Civil Veterinary Department Bihar & Orissa reports 1922-29 - 1922-1929
Year: 1922
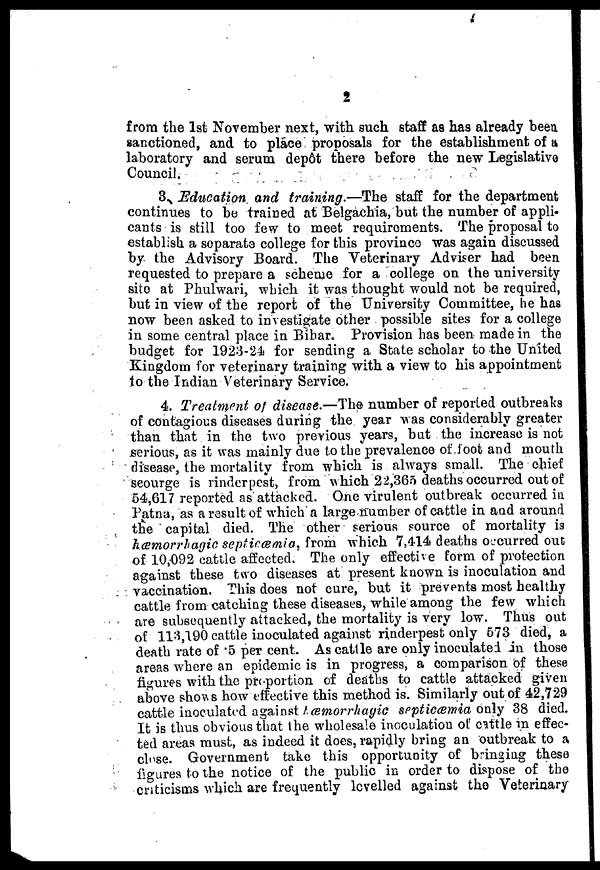
2
from the 1st November next, with such staff as has already been
sanctioned, and to place proposals for the establishment of a
laboratory and serum dep6t there before the new Legislative
Council.
3. Education and training.—The staff for the department
continues to be trained at Belgachia, but the number of appli-
cants is still too few to meet requirements. The proposal to
establ sh a separata college for this province was again discussed
by the Advisory Board. The Veterinary Adviser had been
requested to prepare a scheme for a college on the university
site at Phulwari, which it was thought would not be required,
but in view of the report of the University Committee, he has
now been asked to investigate other possible sites for a college
in some central place in Bihar. Provision has been made in the
budget for 1923-24 for sending a State scholar to the United
Kingdom for veterinary training with a view to his appointment
to the Indian Veterinary Service.
4. Treatment of disease.—The number of reported outbreaks
of contagious diseases during the year was considerably greater
than that in the two previous years, but the increase is not
serious, as it was mainly due to the prevalence of loot and mouth
disease, the mortality from which is always small. The chief
seourge is rinderpest, from, which 22,365 deaths occurred out of
54,617 reported as attacked. One virulent outbreak occurred in
Patna, as a result of which a large number of cattle in and around
the capital died. The other serious source of mortality is
hemorrhagic septicemia, from which 7,414 deaths occurred out
of 10,092 cattle affected. The only effective form of protection
against these two diseases at present known is inoculation and
vaccination. This does not cure, but it prevents most healthy
cattle from catching these diseases, while among the few which
are subsequently attacked, the mortality is very low. Thus out
of 113,190 cattle inoculated against rinderpest only 573 died, a
death rate of .5 per cent. As cattle are only inoculated in those
areas where an epidemic is in progress, a comparison of these
figures with the proportion of deaths to cattle attacked given
above shows how effective this method is. Similarly out of 42,729
cattle inoculated against hæmorrhagic septicæmia only 38 died.
It is thus obvious that the wholesale inoculation of cattle in effec-
ted areas must, as indeed it does, rapidly bring an outbreak to a
close. Government take this opportunity of bringing these
figures to the notice of the public in order to dispose of the
criticisms which are frequently levelled against the Veterinary